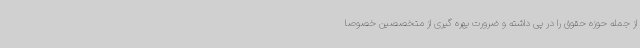
از جمله حوزه حقوق را در پی داشته و ضرورت بهره گیری از متخصصین خصوصا